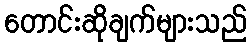
တောင်းဆိုချက်များသည်